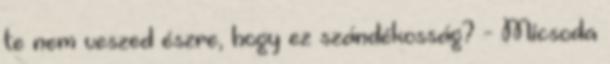
te nem veszed észre, hogy ez szándékosság? - Micsoda